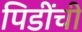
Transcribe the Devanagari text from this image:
पिडींची